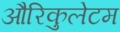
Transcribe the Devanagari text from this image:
औरिकुलेटम